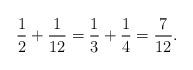
LaTeX: \begin{align*} \frac{1}{2} + \frac{1}{12} = \frac{1}{3} + \frac{1}{4} = \frac{7}{12}. \end{align*}